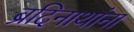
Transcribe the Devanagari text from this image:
ब्रदिनाथांना